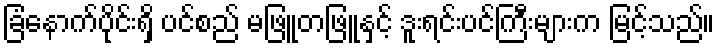
ခြံနောက်ပိုင်းရှိ ပင်စည် မဖြူတဖြူနှင့် ဒူးရင်းပင်ကြီးများက မြင့်သည်။